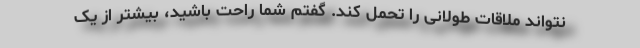
نتواند ملاقات طولانی را تحمل کند. گفتم شما راحت باشید، بیشتر از یک